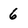
Character: 6